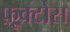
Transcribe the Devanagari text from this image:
फ़्रूक्टोस